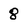
Character: 8